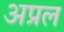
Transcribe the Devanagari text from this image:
अप्रल